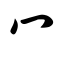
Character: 冖